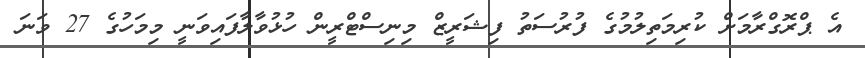
އެ ޕްރޮގްރާމަށް ކުރިމަތިލުމުގެ ފުރުސަތު ފިޝަރީޒް މިނިސްޓްރީން ހުޅުވާލާފައިވަނީ މިމަހުގެ 27 ވަނަ